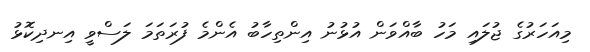
މިއަހަރުގެ ޖުލައި މަހު ބާއްވަން އުޅުނު އިންތިހާބު އެންމެ ފުރަތަމަ ލަސްވީ އިނދިކޮޅު